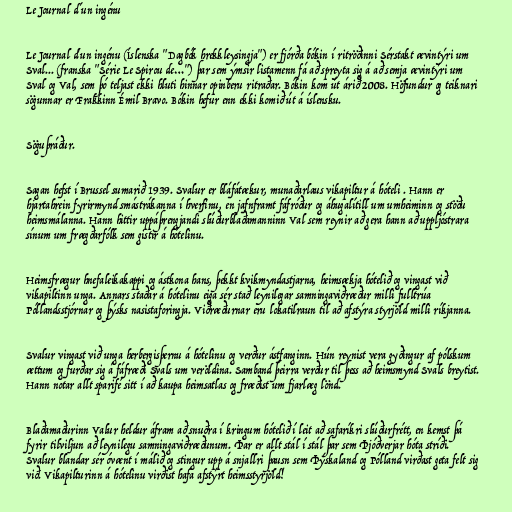
Le Journal d´un ingénu

Le Journal d'un ingénu (Íslenska "Dagbók hrekkleysingja") er fjórða bókin í ritröðinni Sérstakt ævintýri um
Sval... (franska "Série Le Spirou de…") þar sem ýmsir listamenn fá að spreyta sig á að semja ævintýri um
Sval og Val, sem þó teljast ekki hluti hinnar opinberu ritraðar. Bókin kom út árið 2008. Höfundur og teiknari
sögunnar er Frakkinn Émil Bravo. Bókin hefur enn ekki komið út á íslensku.

Söguþráður.

Sagan hefst í Brussel sumarið 1939. Svalur er bláfátækur, munaðarlaus vikapiltur á hóteli . Hann er
hjartahrein fyrirmynd smástrákanna í hverfinu, en jafnframt fáfróður og áhugalítill um umheiminn og stöðu
heimsmálanna. Hann hittir uppáþrengjandi slúðurblaðamanninn Val sem reynir að gera hann að uppljóstrara
sínum um frægðarfólk sem gistir á hótelinu.

Heimsfrægur hnefaleikakappi og ástkona hans, þekkt kvikmyndastjarna, heimsækja hótelið og vingast við
vikapiltinn unga. Annars staðar á hótelinu eiga sér stað leynilegar samningaviðræður milli fulltrúa
Póllandsstjórnar og þýsks nasistaforingja. Viðræðurnar eru lokatilraun til að afstýra styrjöld milli ríkjanna.

Svalur vingast við unga herbergisþernu á hótelinu og verður ástfanginn. Hún reynist vera gyðingur af pólskum
ættum og furðar sig á fáfræði Svals um veröldina. Samband þeirra verður til þess að heimsmynd Svals breytist.
Hann notar allt sparifé sitt í að kaupa heimsatlas og fræðist um fjarlæg lönd.

Blaðamaðurinn Valur heldur áfram að snuðra í kringum hótelið í leit að safaríkri slúðurfrétt, en kemst þá
fyrir tilviljun að leynilegu samningaviðræðunum. Þar er allt stál í stál þar sem Þjóðverjar hóta stríði.
Svalur blandar sér óvænt í málið og stingur upp á snjallri þausn sem Þýskaland og Pólland virðast geta felt sig
við. Vikapilturinn á hótelinu virðist hafa afstýrt heimsstyrjöld!